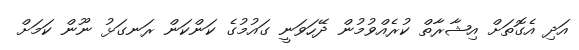
އަދި އެގޮތަށް އިޝާރާތް ކުރެއްވުމުން ދޭހަވަނީ ގައުމުގެ ކަންކަން ރަނގަޅު ނޫން ކަމަށް